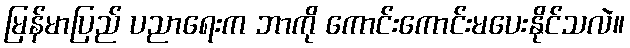
မြန်မာပြည် ပညာရေးက ဘာကို ကောင်းကောင်းမပေးနိုင်သလဲ။